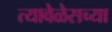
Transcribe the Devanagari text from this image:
त्यावेळेसच्या